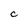
Character: C